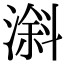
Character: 𣻠